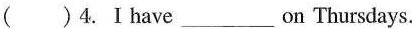
( )4.Ⅰhave_________ on Thursdays.